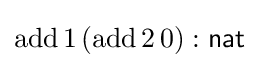
\mathrm {add} \,1\,(\mathrm {add} \,2\,0):{\textsf {nat}}